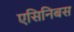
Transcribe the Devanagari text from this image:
एसिनिबस